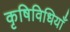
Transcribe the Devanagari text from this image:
कृषिविधियाँ